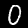
Label: 0